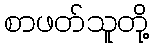
စာဖတ်သူတို့